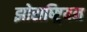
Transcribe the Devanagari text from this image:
झोराष्ष्ट्रियन